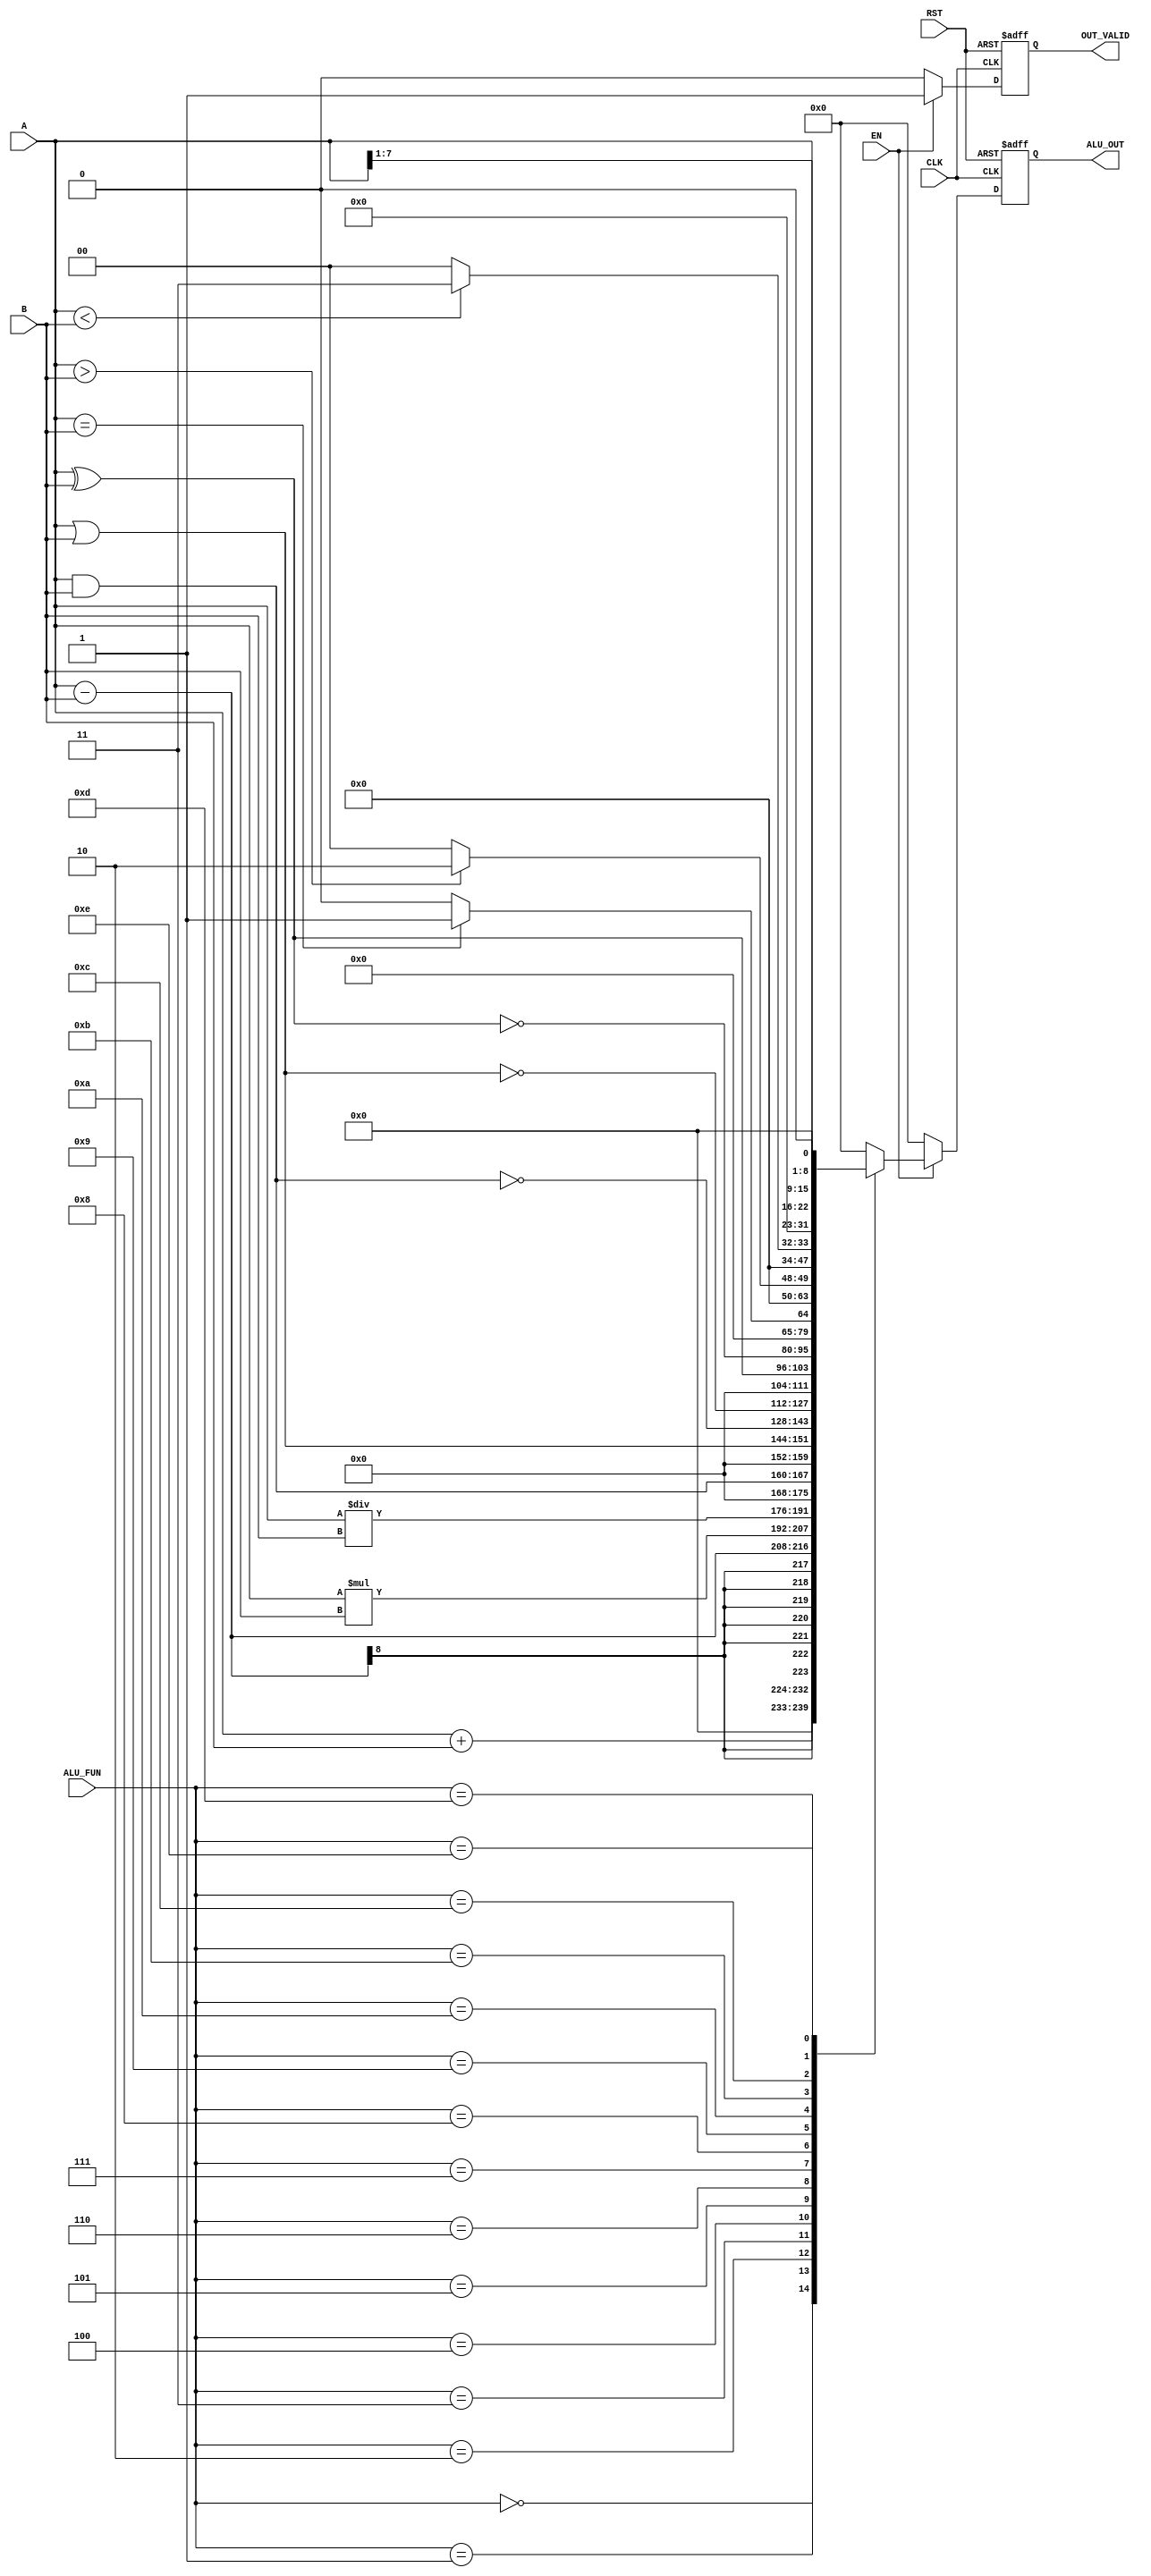
module ALU #( parameter OPER_WIDTH = 8,
                        OUT_WIDTH = OPER_WIDTH*2
)
(
  input wire [OPER_WIDTH-1:0] A, 
  input wire [OPER_WIDTH-1:0] B,
  input wire                  EN,
  input wire [3:0]            ALU_FUN,
  input wire                  CLK,
  input wire                  RST,  
  output reg [OUT_WIDTH-1:0]  ALU_OUT,
  output reg                  OUT_VALID  
);
  
//internal_signals  
  reg [OUT_WIDTH-1:0] ALU_OUT_Comb;
  reg                 OUT_VALID_Comb;
  
  
always @(posedge CLK or negedge RST)
 begin
  if(!RST)
   begin
    ALU_OUT   <= 'b0 ;
    OUT_VALID <= 1'b0 ;	
   end
  else 
   begin  
    ALU_OUT   <= ALU_OUT_Comb ;
    OUT_VALID <= OUT_VALID_Comb ;
   end	
 end  
  
always @(*)
 begin
   OUT_VALID_Comb = 1'b0 ;
   ALU_OUT_Comb   = 1'b0 ;
   if(EN)
    begin   
	 OUT_VALID_Comb = 1'b1 ;
     case (ALU_FUN) 
     4'b0000: begin
               ALU_OUT_Comb = A+B;
              end
     4'b0001: begin
               ALU_OUT_Comb = A-B;
              end
     4'b0010: begin
               ALU_OUT_Comb = A*B;
              end
     4'b0011: begin
               ALU_OUT_Comb = A/B;
              end
     4'b0100: begin
               ALU_OUT_Comb = A & B;
              end
     4'b0101: begin
               ALU_OUT_Comb = A | B;
              end
     4'b0110: begin
               ALU_OUT_Comb = ~ (A & B);
              end
     4'b0111: begin
               ALU_OUT_Comb = ~ (A | B);
              end     
     4'b1000: begin
               ALU_OUT_Comb =  (A ^ B);
              end
     4'b1001: begin
               ALU_OUT_Comb = ~ (A ^ B);
              end           
     4'b1010: begin
              if (A==B)
                 ALU_OUT_Comb = 'b1;
              else
                 ALU_OUT_Comb = 'b0;
              end
     4'b1011: begin
               if (A>B)
                 ALU_OUT_Comb = 'b10;
               else
                 ALU_OUT_Comb = 'b0;
              end   
     4'b1100: begin
               if (A<B)
                 ALU_OUT_Comb = 'b11;
               else
                 ALU_OUT_Comb = 'b0;
              end     
     4'b1101: begin
               ALU_OUT_Comb = A>>1;
              end
     4'b1110: begin 
               ALU_OUT_Comb = A<<1;
              end
    default: begin
               ALU_OUT_Comb = 'b0;
             end
    endcase
   end
  else
   begin
	 OUT_VALID_Comb = 1'b0 ;
   end   
 end  
  
  

endmodule